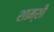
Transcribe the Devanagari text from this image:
शाम्शी